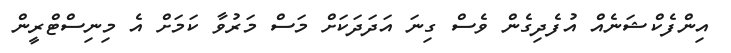
އިންފެކްޝަނެއް އުފެދިގެން ވެސް ގިނަ އަދަދަކަށް މަސް މަރުވާ ކަމަށް އެ މިނިސްޓްރީން